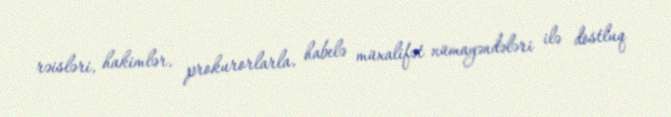
rəisləri, hakimlər, prokurorlarla, habelə müxalifət nümayəndələri ilə dostluq